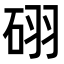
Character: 𥒉